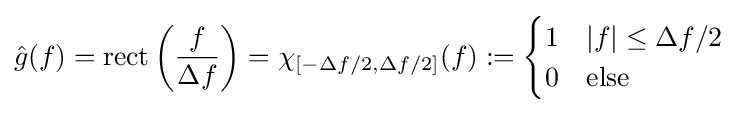
{\hat {g}}(f)=\operatorname {rect} \left({\frac {f}{\Delta f}}\right)=\chi _{[-\Delta f/2,\Delta f/2]}(f):={\begin{cases}1&|f|\leq \Delta f/2\\0&{\text{else}}\end{cases}}